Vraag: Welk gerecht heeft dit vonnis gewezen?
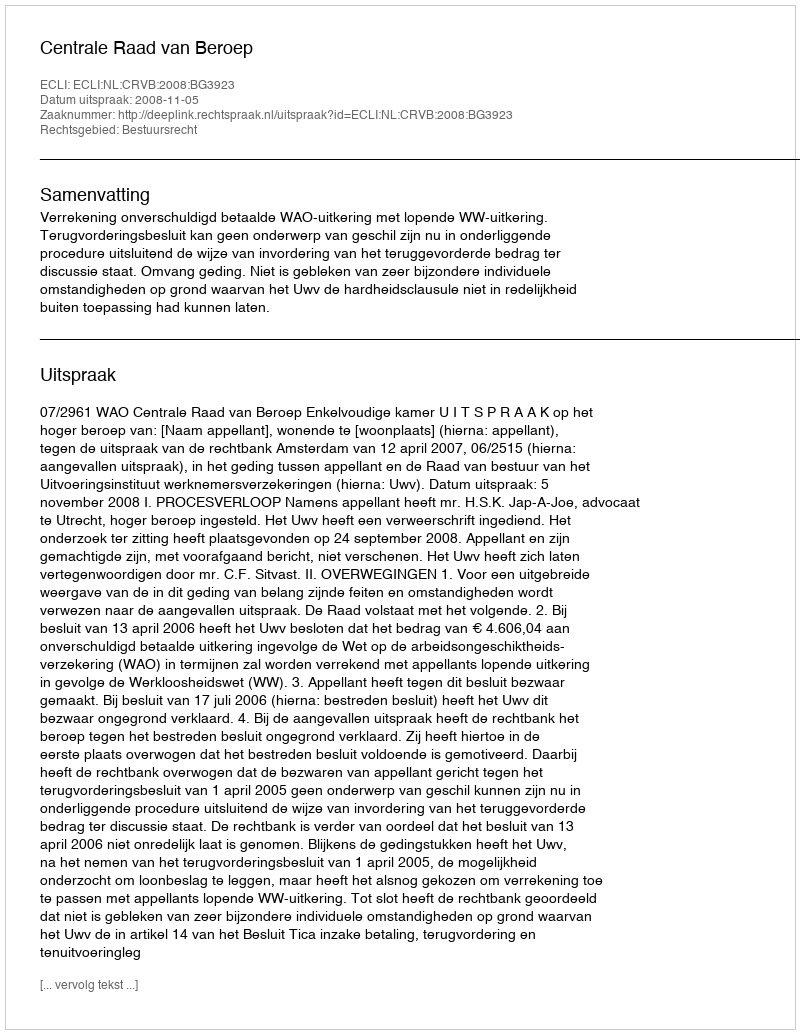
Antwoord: Centrale Raad van Beroep